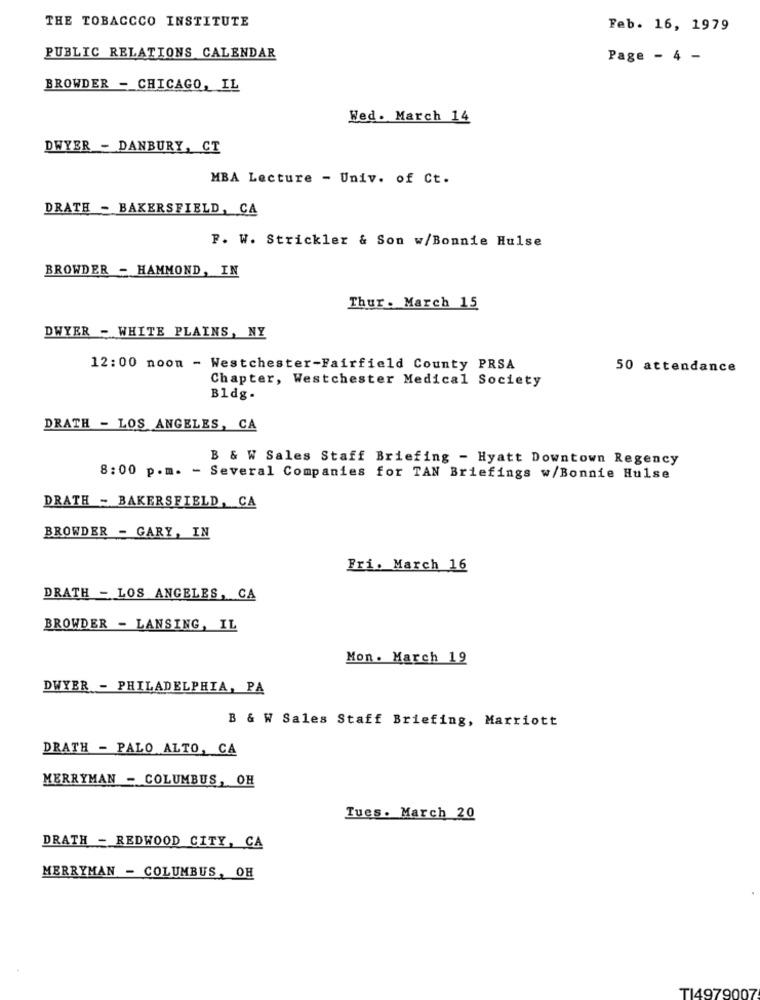
THE TOBACCCO INSTITUTE
Feb. 16, 1979
PUBLIC RELATIONS CALENDAR
Page - 4 -
BROWDER - CHICAGO, IL
Wed. March 14
DWYER - DANBURY, CT
MBA Lecture - Univ. of Ct.
DRATH - BAKERSFIELD, CA
F. W. Strickler & Son w/Bonnie Hulse
BROWDER - HAMMOND, IN
Thur. March 15
DWYER - WHITE PLAINS, NY
12:00 noon - Westchester-Fairfield County PRSA
50 attendance
Chapter, Westchester Medical Society
Bldg.
DRATH - LOS ANGELES, CA
B & W Sales Staff Briefing - Hyatt Downtown Regency
8:00 p.m. - Several Companies for TAN Briefings w/Bonnie Hulse
DRATH - BAKERSFIELD, CA
BROWDER - GARY, IN
Fri. March 16
DRATH - LOS ANGELES, CA
BROWDER - LANSING, IL
Mon. March 19
DWYER - PHILADELPHIA, PA
B & W Sales Staff Briefing, Marriott
DRATH - PALO ALTO, CA
MERRYMAN - COLUMBUS, OH
Tues. March 20
DRATH - REDWOOD CITY, CA
MERRYMAN - COLUMBUS, OH
TI4979007